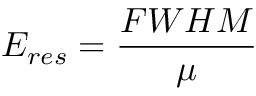
E _ { r e s } = \frac { F W H M } { \mu }